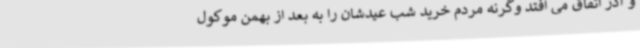
و آذر اتفاق می افتد وگرنه مردم خرید شب عیدشان را به بعد از بهمن موکول